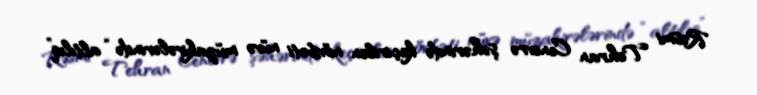
Rəsmi Tehran Cenevrə şəhərində keçirilən növbəti nüvə müzakirələrində “altılıq”